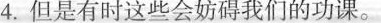
4.但是有时这些会妨碍我们的功课。